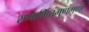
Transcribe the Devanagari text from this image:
रामामितगुणगणो